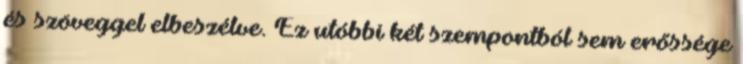
és szöveggel elbeszélve. Ez utóbbi két szempontból sem erőssége